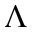
\Lambda